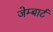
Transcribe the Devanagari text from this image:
जेम्बार्ट